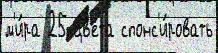
м'и́ра 25 цв'е́та спонс'и́ровать